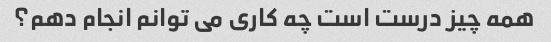
همه چیز درست است چه کاری می توانم انجام دهم؟